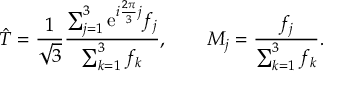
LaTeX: \hat { T } = { \frac { 1 } { \sqrt { 3 } } } { \frac { \sum _ { j = 1 } ^ { 3 } \mathrm { e } ^ { i { \frac { 2 \pi } { 3 } } j } f _ { j } } { \sum _ { k = 1 } ^ { 3 } f _ { k } } } , \qquad { \cal M } _ { j } = { \frac { f _ { j } } { \sum _ { k = 1 } ^ { 3 } f _ { k } } } .